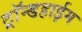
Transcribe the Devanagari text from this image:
ट्रॉन्डहाईम